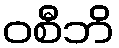
ဝစီဘိ